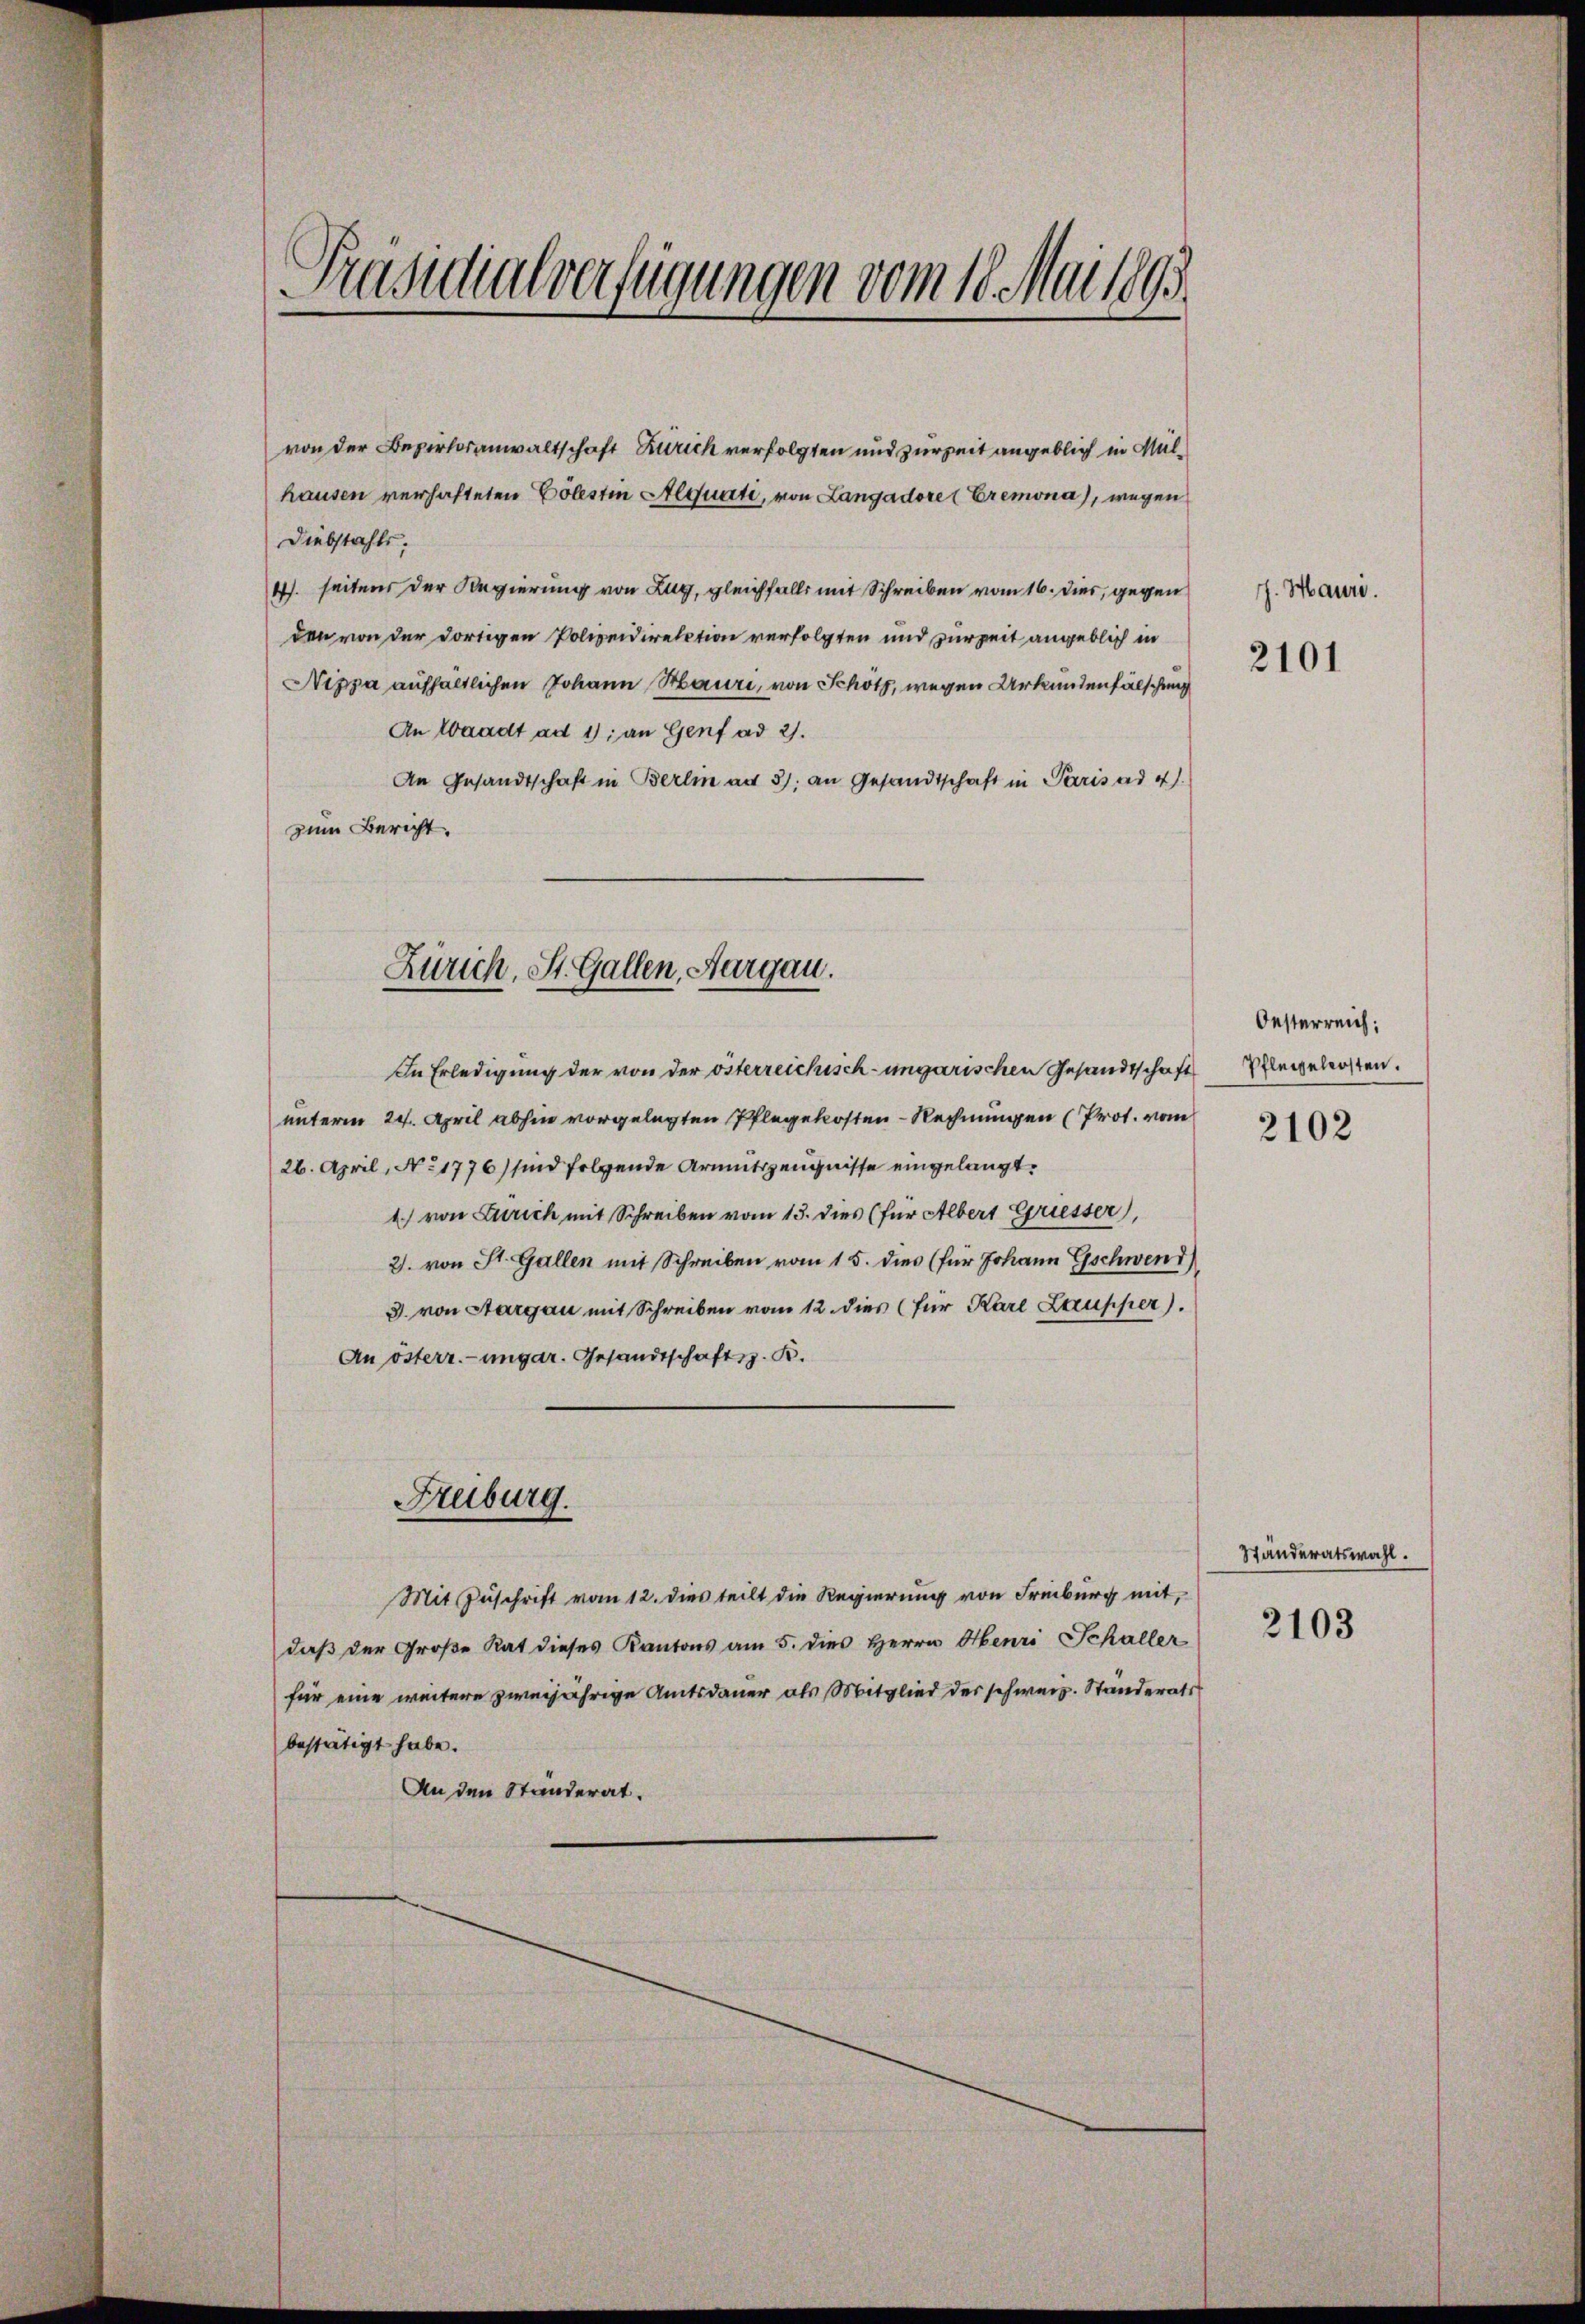
Präsidialverfügungen vom 18. Mai 1893.

Diebstahls.
4. seitens der Regierung von Zug, gleichfalls mit Schreiben vom 16. dies, gegen
den von der dortigen Polizeidirection verfolgten und zur Zeit angeblich in
Nippa aufhältlichen Johann Mauri, von Schötz, wegen Urkundenfälschung
An Waadt ad 1); an Genf ad 2.
An Gesandtschaft in Berlin ad 3. an Gesandtschaft in Paris ad 4.
zum Bericht.

Zürich, St. Gallen, Aargau.

unterm 24. April abhin vorgelegten Pflegekosten-Rechnungen (Prot. vom
26. April, No 1776) sind folgende Armutszeugnisse eingelangt.
1) von Zürich mit Schreiben vom 13. dies (für Albert Griesser,
2. von St. Gallen mit Schreiben vom 15. dies (für Johann Gschwend
3. von Aargau mit Schreiben vom 12. dies (für Karl Ltrupper).
An österr.-ungar. Gesandtschaft. K.

Freiburg.

von der Bezirksanwaltschaft Klirich verfolgten und zur Zeit angeblich in Mülhausen verhafteten Cölestin Aequarti, von Langadore (Eremona), wegen

In Erledigung der von der österreichisch-ungarischen Gesandtschaftspflegelosten.

Mit Zuschrift vom 12. dies teilt die Regierung von Freiburg mit,
daß der Große Rat dieses Kantons am 5. dies Herrn Obenri Schaller
für eine weitere zweijährige Amtsdauer als Mitglied der schweiz. Standerats
bestätigt habe.
An den Ständerat.

h. Mauri
2101

Oesterreich:

2102

Ständeratswahl.
2103